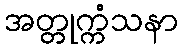
အတ္တုက္ကံသနာ